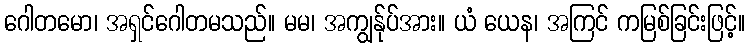
ဂေါတမော၊ အရှင်ဂေါတမသည်။ မမ၊ အကျွန်ုပ်အား။ ယံ ယေန၊ အကြင် ကမြစ်ခြင်းဖြင့်။